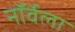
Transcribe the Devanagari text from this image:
नॉर्वेला